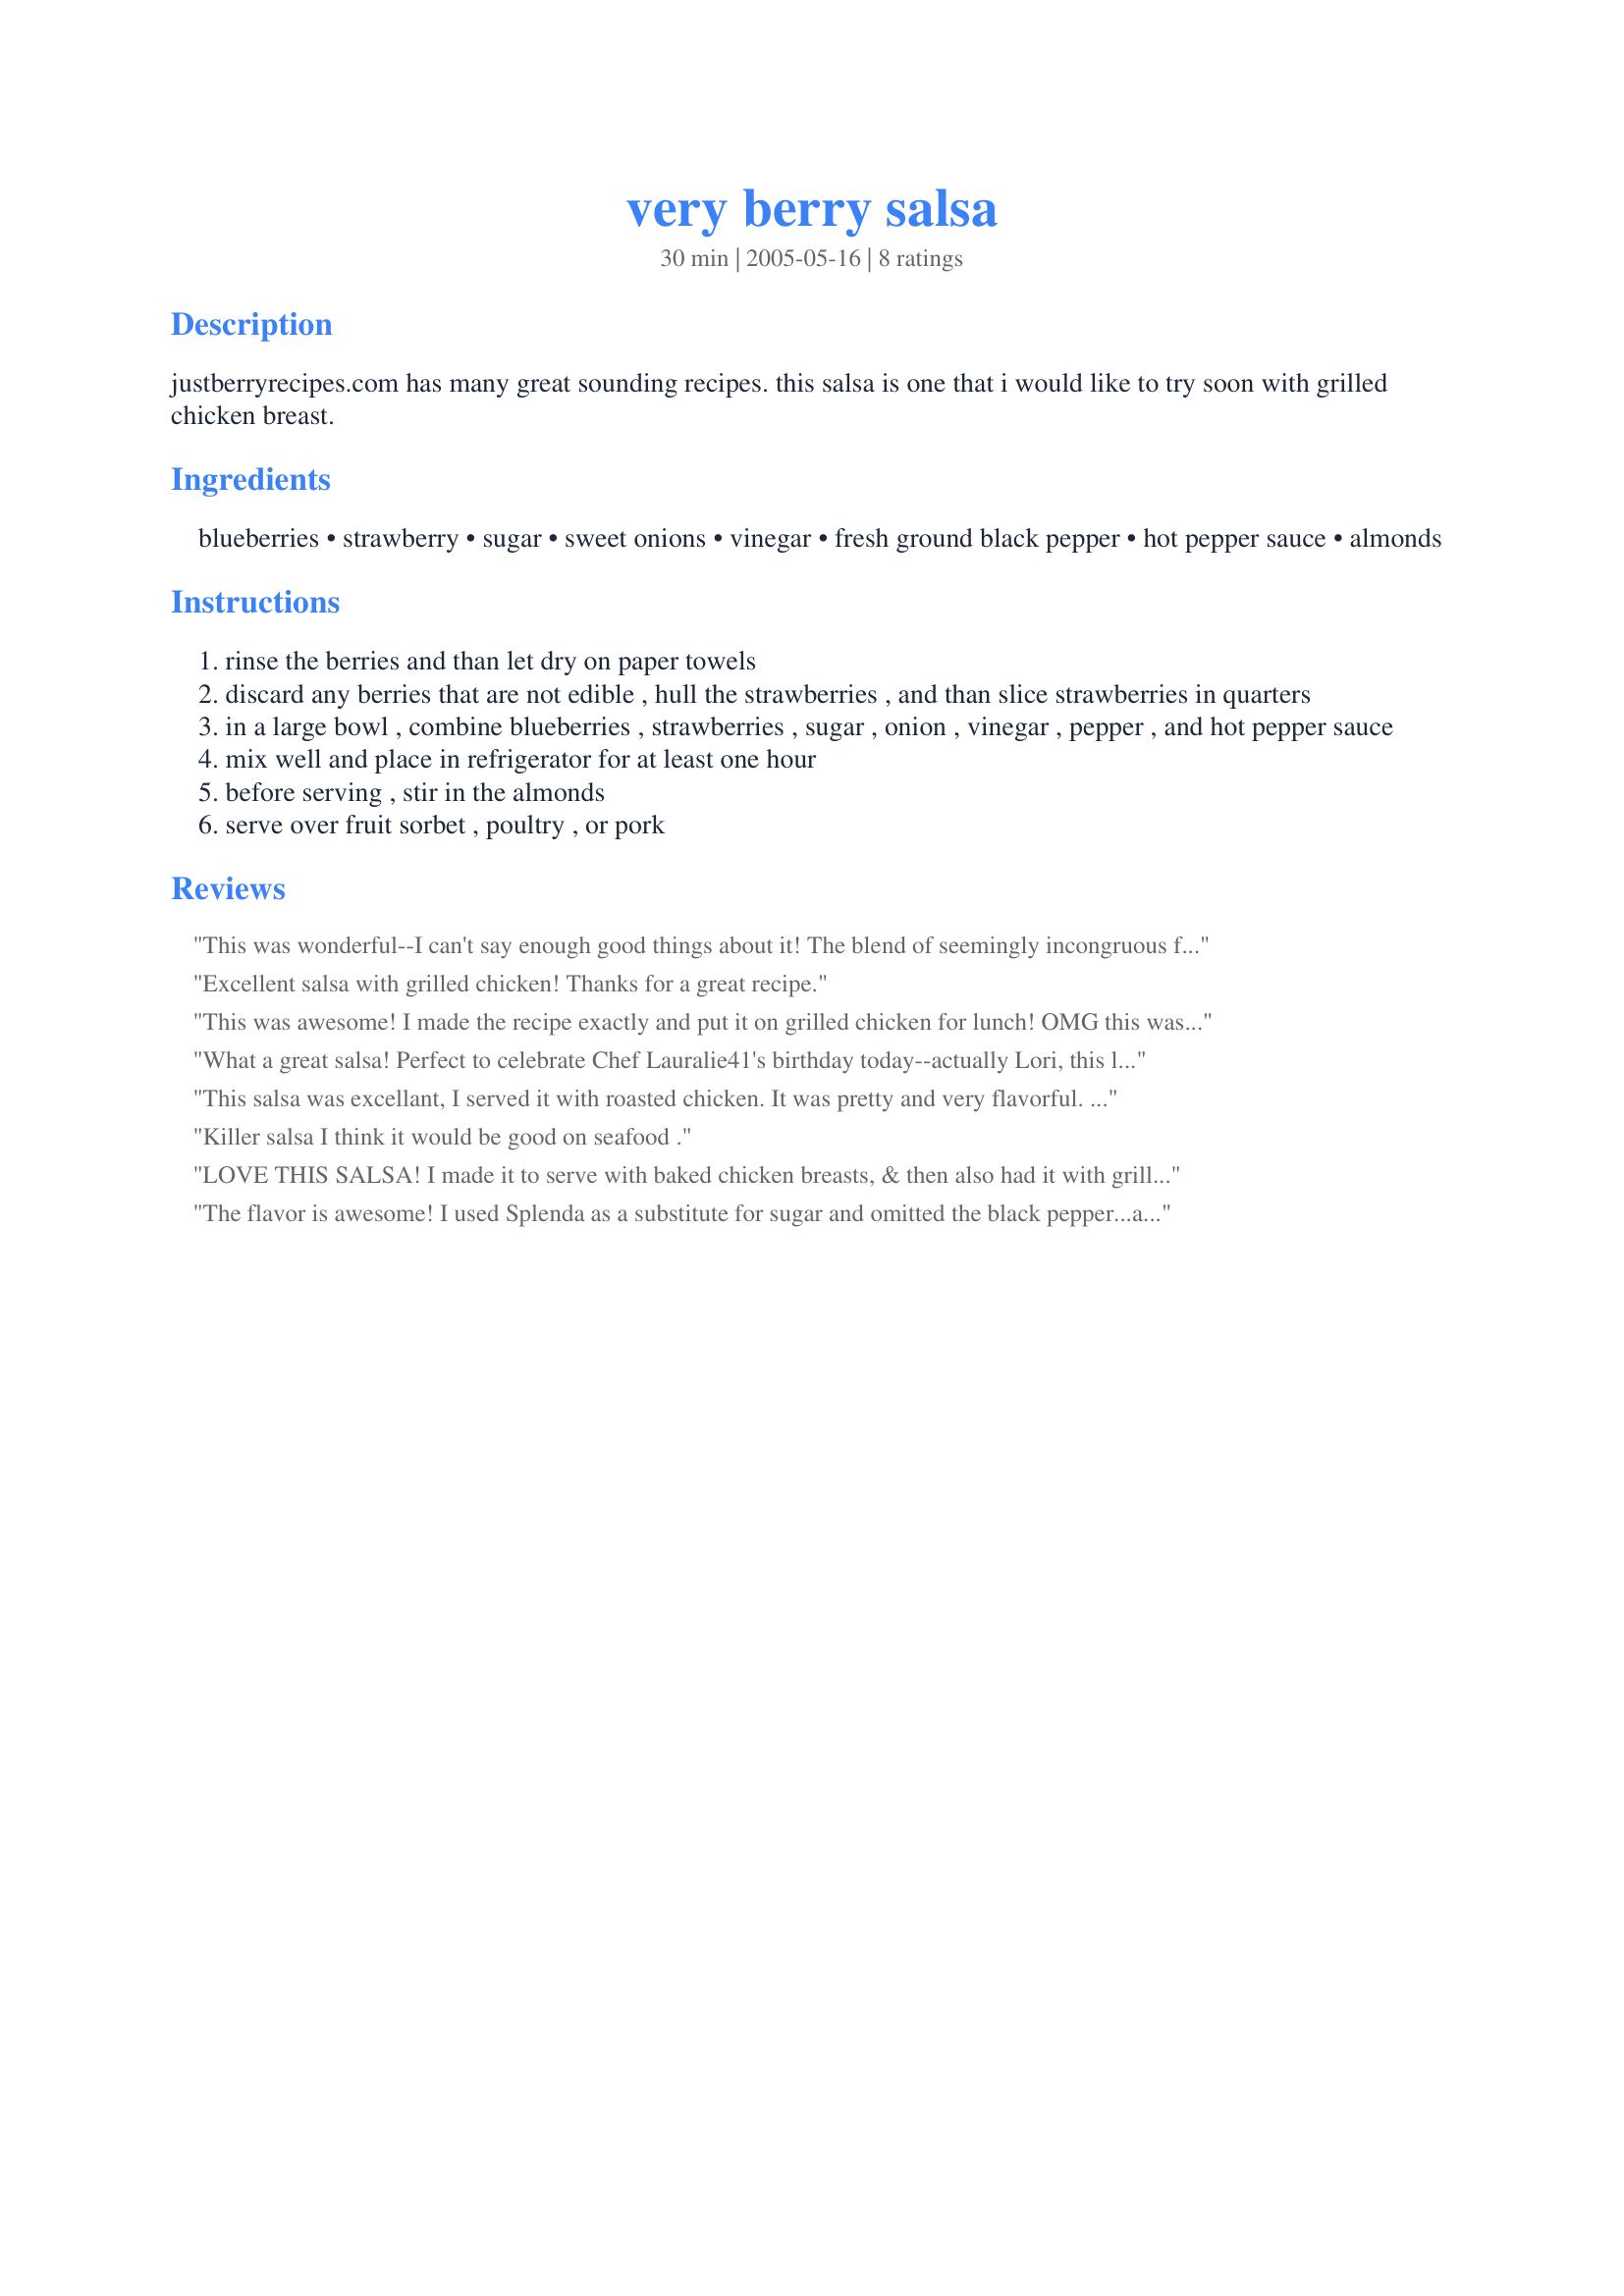
very berry salsa
Preparation time: 30 minutes

justberryrecipes.com has many great sounding recipes. this salsa is one that i would like to try soon with grilled chicken breast.

Ingredients:
blueberries, strawberry, sugar, sweet onions, vinegar, fresh ground black pepper, hot pepper sauce, almonds

Steps:
rinse the berries and than let dry on paper towels
discard any berries that are not edible , hull the strawberries , and than slice strawberries in quarters
in a large bowl , combine blueberries , strawberries , sugar , onion , vinegar , pepper , and hot pepper sauce
mix well and place in refrigerator for at least one hour
before serving , stir in the almonds
serve over fruit sorbet , poultry , or pork

Reviews:
This was wonderful--I can't say enough good things about it! The blend of seemingly incongruous flavors (fruit, onions, toasted nuts, vinegar) blended together beautifully! This will be a dominant presence on my table through many Maine blueberry seasons to come.
Excellent salsa with grilled chicken! Thanks for a great recipe.
This was awesome! I made the recipe exactly and put it on grilled chicken for lunch! OMG this was good! I made a batch without onion and pepper for pound cake and served it with whipped topping - outta this world!!! Thank you Lauralie41!!!!
What a great salsa! Perfect to celebrate Chef Lauralie41's birthday today--actually Lori, this lovely recipe is like a a gift from you to me on your birthday! Thanks--and many more!
This salsa was excellant, I served it with roasted chicken. It was pretty and very flavorful. I used blackberries instead of blueberries because I was out, raspberry balsamic vinegar and habanero hot sauce. I really enjoyed all the different intense flavours and the subtle textures offered in this salsa. Thanks for sharing.
Killer salsa I think it would be good on seafood .
LOVE THIS SALSA! I made it to serve with baked chicken breasts, & then also had it with grilled burgers ~ OUTSTANDING! Used just a dash of the hot pepper sauce in this, but everything else was right up there! Am intrigued with Baby Kato's using blackberries instead of the blue & will have to try that another time! [Tagged, made & reviewed in Zaar Cookbook Tag]
The flavor is awesome! I used Splenda as a substitute for sugar and omitted the black pepper...all personal preferences. This was a tasty and unusual treat! Prepared as a participant in the Feb 2010 Aus/NZ Swap #37.
